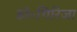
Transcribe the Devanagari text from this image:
डॉ॰गिरिजा